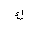
Letter: _kaf